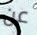
عن